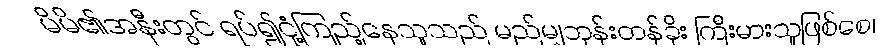
မိမိ၏အနီးတွင် ရပ်၍ငုံ့ကြည့်နေသူသည် မည်မျှဘုန်းတန်ခိုး ကြီးမားသူဖြစ်စေ၊